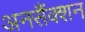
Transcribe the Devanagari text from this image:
अनसैंक्शन